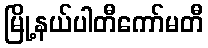
မြို့နယ်ပါတီကော်မတီ